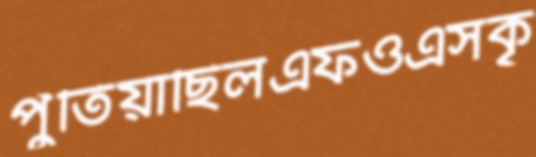
পুঁতিয়াছিলএফওএসকৃ